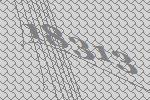
18313